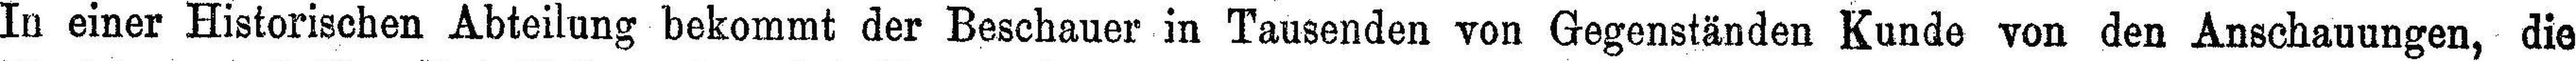
In einer Historischen Abteilung bekommt der Beschauer in Tausenden von Gegenständen Kunde von den Anschauungen, die